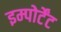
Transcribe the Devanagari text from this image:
इम्पोर्टेंट